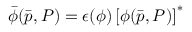
\bar { \phi } ( \bar { p } , P ) = \epsilon ( \phi ) \left[ \phi ( \bar { p } , P ) \right] ^ { * }